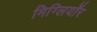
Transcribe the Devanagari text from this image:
मिग्लियॉर